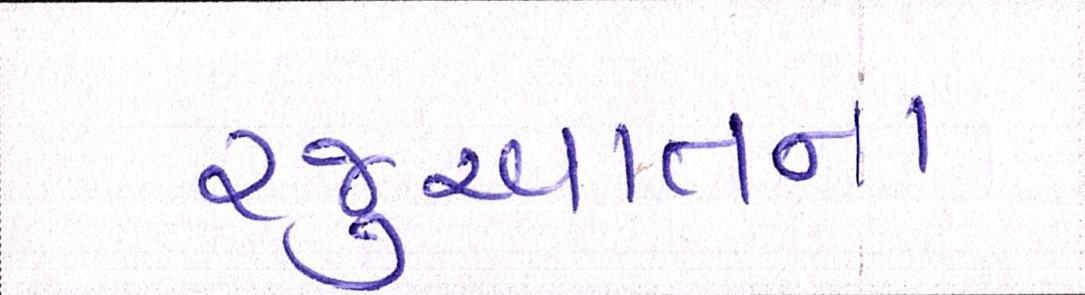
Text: રજુઆતના